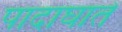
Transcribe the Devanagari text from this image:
पादाघातें